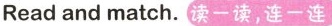
Read and match.读一读,连一连